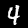
Digit: 4